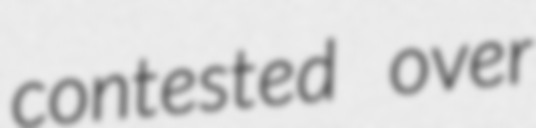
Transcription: contested over